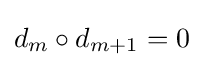
d_{m}\circ d_{m+1}=0